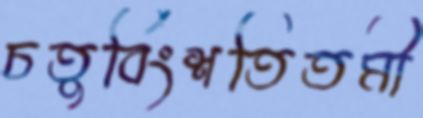
চতুর্বিংশতিতমী